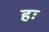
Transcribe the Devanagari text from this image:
हः